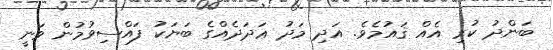
ބަންދު ކުރި އެއް ޤައުމެވެ. އަދި މަދު ޢަދަދެއްގެ ބަޔަކު ފައްސިވުމުން ވަނީ